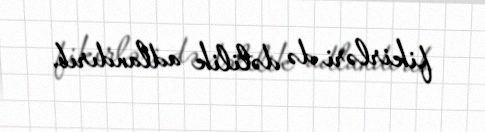
fikirləri də dəlilik adlandırıb.